Lunatic asylums Madras 1892-1911 - 1892-1911
Year: 1892
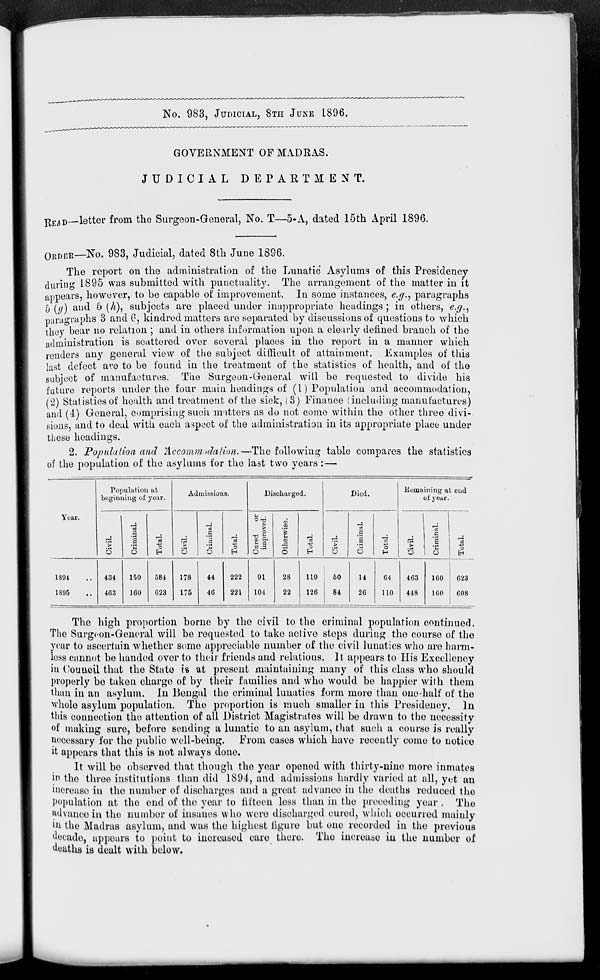
No. 983, JUDICIAL, 8TH JUNE L806.
GOVERNMENT OF MADRAS.
JUDICIAL DEPARTMENT.
£ EAD letter from the Surgeon-General, No. T—5-A, dated 15th April 1896.
ORDER—No. 983, Judicial, dated 8th June 1896.
The report on the administration of the Lunatic Asylums of this Presidency
during 1895 was submitted with punctuality. The arrangement of the matter in it
appears, however, to be capable of improvement. In some instances, e.g., paragraphs
[) (r/) and 5 (/^), subjects are placed under inappropriate headings ; in others, e.g.,
paragraphs 3 and 6, kindred matters are separated by discussions of questions to which
they bear no relation ; and in others information upon a clearly denned branch of the
administration is scattered over several places in the report in a manner which
renders any general view of the subject difficult of attainment. Examples of this
last defect ave to be found in the treatment of the statistics of health, and of the
subject of manufactures. The Surgeon-General will be requested to divide his
future reports under the four main headings of (1) Population and accommodation,
(2) Statistics of health and treatment of the sick, (3) Finance (including manufactures)
and (4) General, comprising such matters as do not come within the other three divi-
sions, and to deal with each aspect of the administration in its appropriate place under
these headings.
2. Population and Accommodation.—The following table compares the statistics
of the population of the asylums for the last two years : —
Population at
beginning of year.
Ad missions.
Discharged.
Died.
Remaining at end
oi year.
Year.
"c3
=8
CD
"3
■
">
a
1 13 d 3 3
urel
impro
p
CD
*c3
X*
a
1
o
d >
rimin:
O
o
H
o
o
H
O
o
H
O
o
H
o
O
*
1894
434
150
584
178
44
222
91
28
119
50
14
64
463
160
623
1895
463
160
623
175
46
221
104
22
126
84
26
110
448
160
608
The high proportion borne by the civil to the criminal population continued.
The Surgeon-General will be requested to take active steps during the course of the
year to ascertain whether some appreciable number of the civil lunatics who are harm-
less cannot be handed over to their friends and relations. It appears to His Excellency
in (Jouucil that the State is at present maintaining many of this class who should
properly bo taken charge of by their families and who would bo happier with them
than in an asylum. In Bengal the criminal lunatics form more than one-half of the
whole asylum population. The proportion is much smaller in this Presidency. In
this connection the attention of all District Magistrates will be drawn to the necessity
of making sure, before sending a lunatic to an asylum, that such a course is really
necessary for the public well-being. From cases which have recently come to notice
it appears that this is not always done.
It will be observed that though the year opened with thirty-nine more inmates
in the three institutions than did 1894, and admissions hardly varied at all, yet an
increase in the number of discharges and a great advance in the deaths reduced the
population at the end of the year to fifteen less than in the preceding year . The
advance in the number of insanes who were discharged cured, which occurred mainly
iu the Madras asylum, and was the highest figure but one recorded in the previous
decade, appears to point to increased care there. The increase in the number of
deaths is dealt with below.